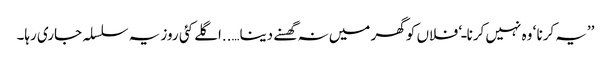
’’یہ کرنا ‘ وہ نہیں کرنا ـ‘ فلاں کو گھر میں نہ گھسنے دینا…..اگلے کئی روز یہ سلسلہ جاری رہا۔